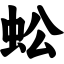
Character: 蚣